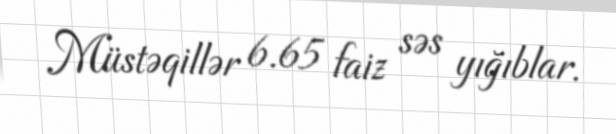
Müstəqillər 6.65 faiz səs yığıblar.